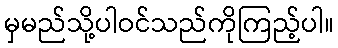
မှမည်သို့ပါဝင်သည်ကိုကြည့်ပါ။